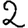
Digit: 2